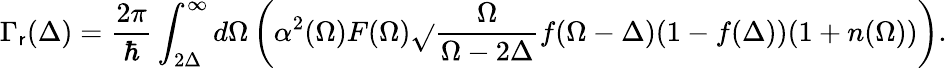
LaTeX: \Gamma_{\mathsf{r}}(\Delta)=\frac{{2\pi}}{{\hbar}}\int_{2\Delta}^{\infty}d\Omega\left(\alpha^{2}(\Omega)F(\Omega)\sqrt{}{{\frac{{\Omega}}{{\Omega-2\Delta}}}}f(\Omega-\Delta)(1-f(\Delta))(1+n(\Omega))\right).